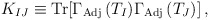
\begin{align*}K_{IJ} \equiv {\rm Tr} [\Gamma_{\rm Adj}\,(T_{I}) \Gamma_{\rm Adj}\,(T_{J}) ]\, ,\end{align*}